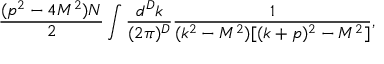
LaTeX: \frac { ( p ^ { 2 } - 4 M ^ { 2 } ) N } 2 \int \frac { d ^ { D } k } { ( 2 \pi ) ^ { D } } \frac { 1 } { ( k ^ { 2 } - M ^ { 2 } ) [ ( k + p ) ^ { 2 } - M ^ { 2 } ] } ,